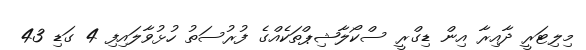
މިލިޓަރީ ދާއިރާ އިން ޑިގްރީ ސްކޯލާޝިޕްތަކެއްގެ ފުރުސަތު ހުޅުވާލައިފި 4 ގަޑި 43